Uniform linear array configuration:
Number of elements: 64
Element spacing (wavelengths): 0.5
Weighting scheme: cosine
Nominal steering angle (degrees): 0
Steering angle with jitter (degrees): -0.04911
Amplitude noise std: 0.05
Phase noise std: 0.05

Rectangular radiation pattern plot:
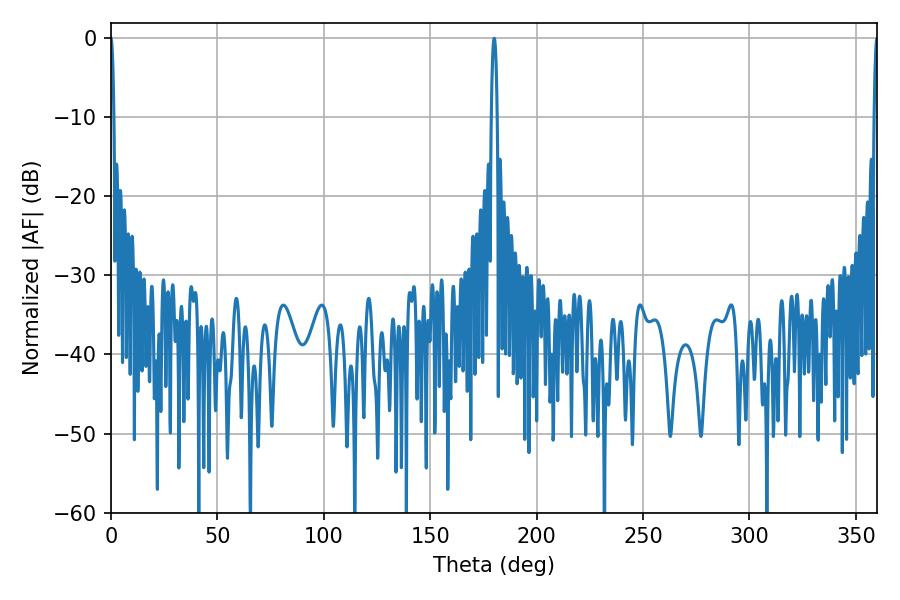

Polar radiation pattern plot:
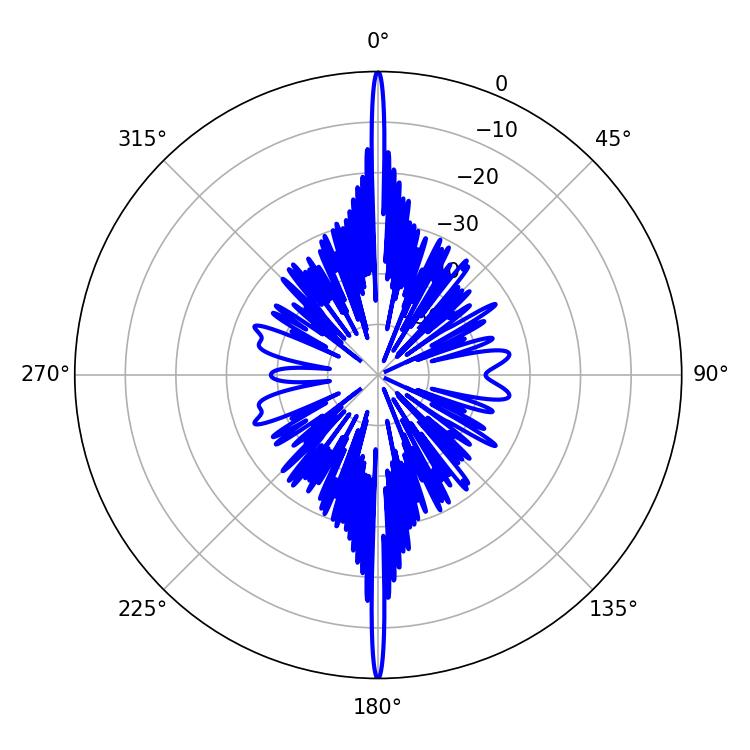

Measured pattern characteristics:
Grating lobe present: FALSE
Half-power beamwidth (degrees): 0.72
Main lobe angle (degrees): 360